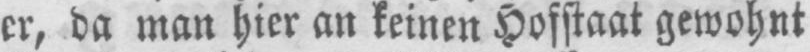
er, da man hier an keinen Hofstaat gewohnt